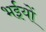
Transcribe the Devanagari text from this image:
भईयों